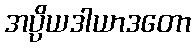
အပ္ပိယဒါယာဒတော